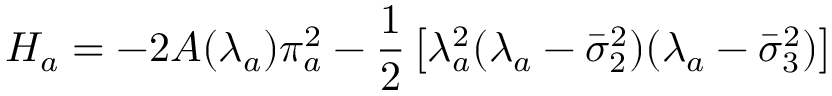
H _ { a } = - 2 A ( \lambda _ { a } ) \pi _ { a } ^ { 2 } - \frac { 1 } { 2 } \left[ \lambda _ { a } ^ { 2 } ( \lambda _ { a } - \bar { \sigma } _ { 2 } ^ { 2 } ) ( \lambda _ { a } - \bar { \sigma } _ { 3 } ^ { 2 } ) \right]